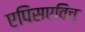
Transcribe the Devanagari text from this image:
एपिसएविच्